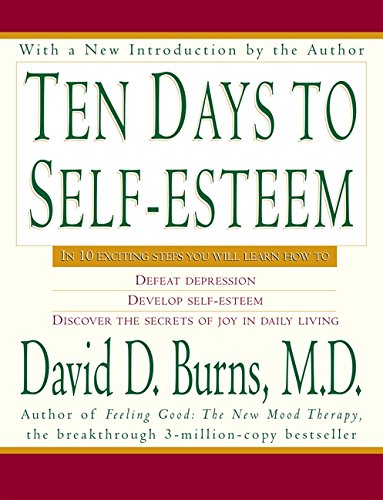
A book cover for Ten Days to Self-Esteem; David D., M.D. Burns; Self-Help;